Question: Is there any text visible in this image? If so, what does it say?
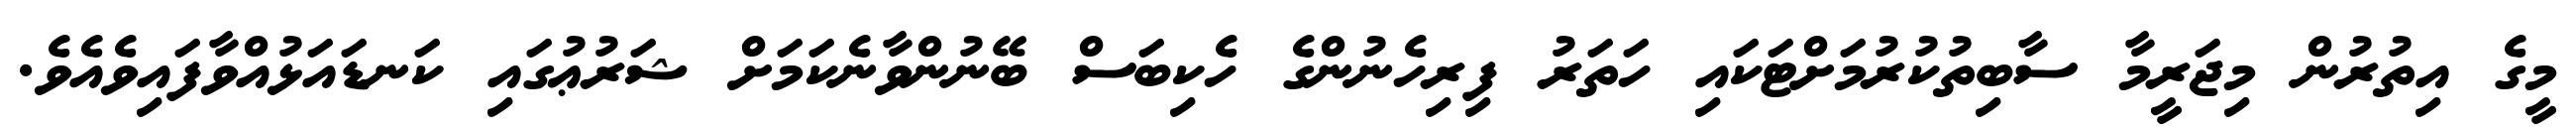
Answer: މީގެ އިތުރުން މިޖަރީމާ ސާބިތުކުރުމަށްޓަކައި ހަތަރު ފިރިހެނުންގެ ހެކިބަސް ބޭނުންވާނެކަމަށް ޝަރުޢުގައި ކަނޑައަޅުއްވާފައިވެއެވެ.